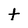
Character: t